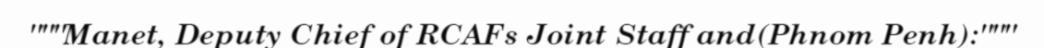
"""Manet, Deputy Chief of RCAFs Joint Staff and(Phnom Penh):"""